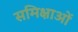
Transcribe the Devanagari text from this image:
समिक्षाओं